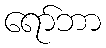
ရော်ဘာ